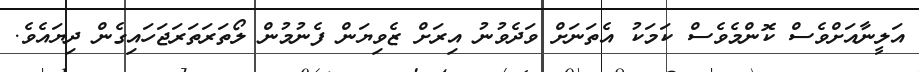
އަލީނާއަށްވެސް ކޮންމެވެސް ކަމަކު އެތަނަށް ވަދެވުނު އިރަށް ޒެވިޔަން ފެނުމުން ލޯތަރަތަރަޖަހައިގެން ދިޔައެވެ.